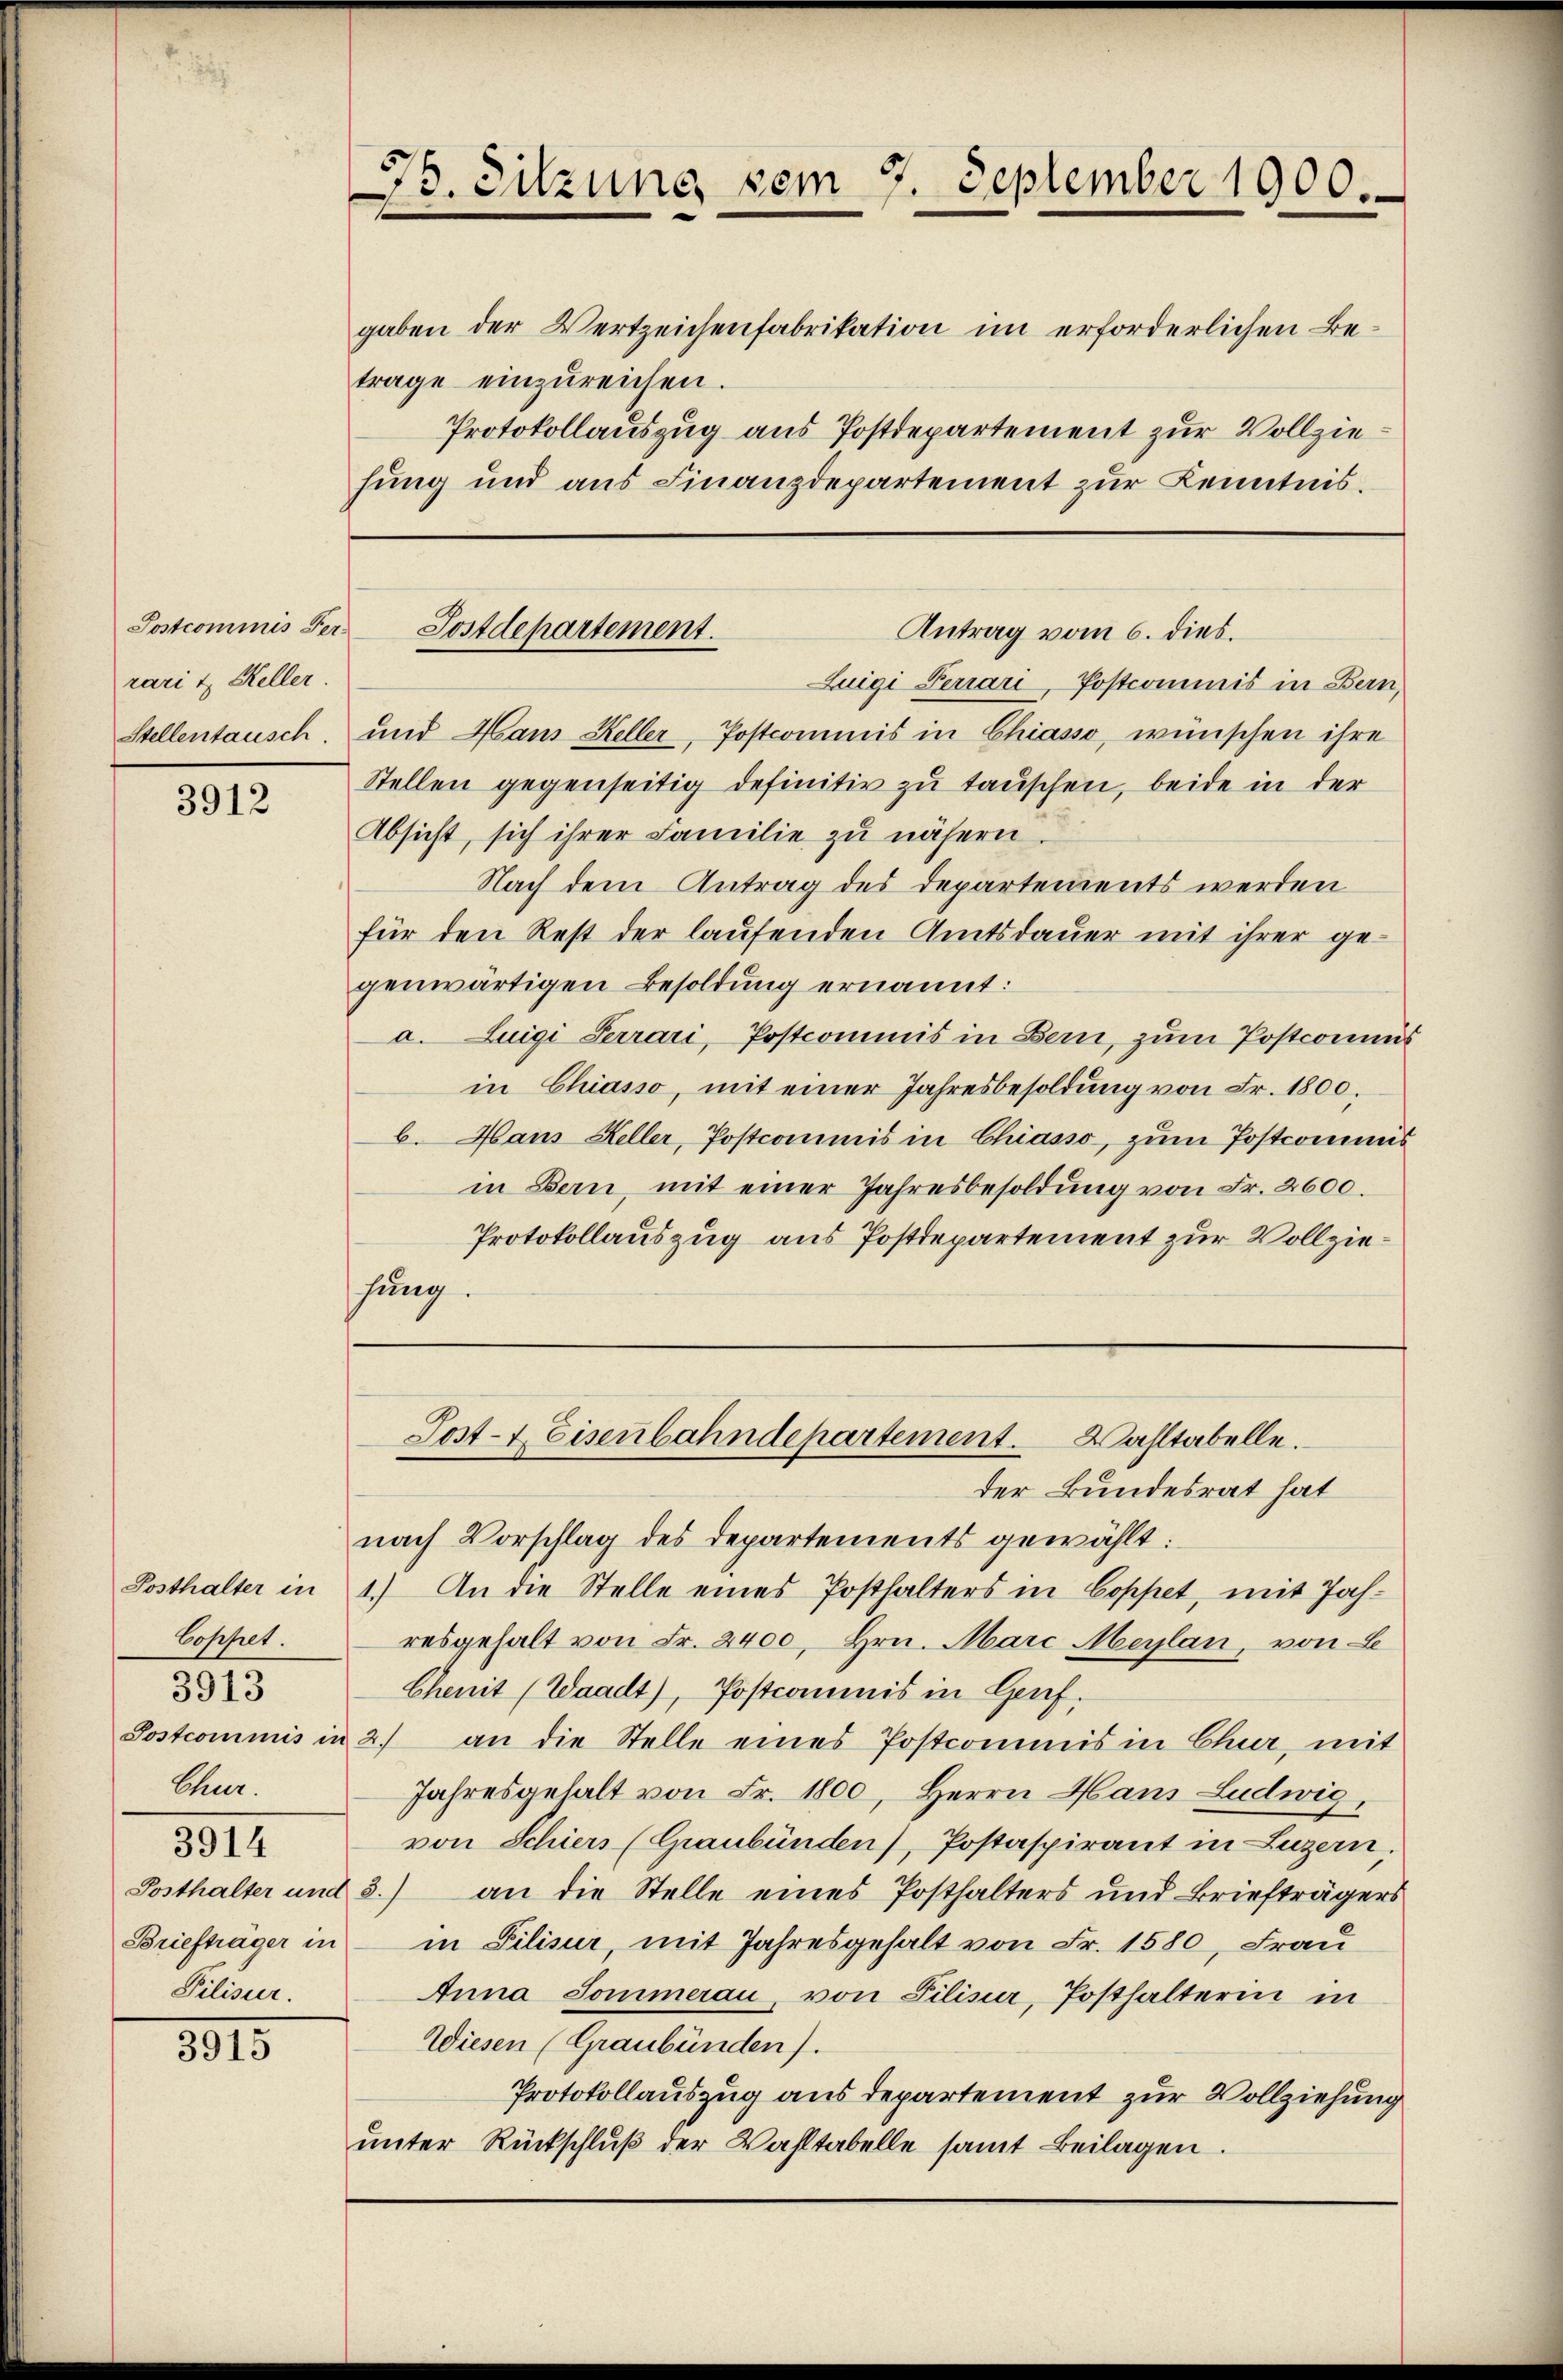
Postcommis Fer
rari & Keller.
Stellentausch.

3912

Cophet.
3913
Chur.
331
Pilisir.

8815

gaben der Wertzeichenfabrikation im erforderlichen Betrage einzŭreichen.
Protokollauszug aus Postdepartement zur Vollziehung und aus Finanzdepartement zur Kenntnis.

Luigi Ferrari, Postcommis in Bern,
und Hans Keller, Postcommis in Chiasso, wünschen ihre
Stellen gegenseitig definitiv zu tauschen, beide in der
Absicht, sich ihrer Familie zu nähern
Nach dem Antrag des Departements werden
für den Rest der laufenden Amtsdauer mit ihrer gegenwärtigen Besoldung ernannt:
a. Luigi Ferrari, Postcommis in Bern, zum Postconius
in Chiasso, mit einer Jahresbesoldung von Fr. 1800.
b. Hans Heller, Postcommis in Chiasso, zum Postcommis
in Bern, mit einer Jahresbesoldung von Fr. 2600.
Protokollauszug aus Postdepartement zur Vollziehung.

73. Sitzung vom 7. September 1900.

Sostdepartement.
Antrag vom 6. dies.

Post- & Eisenbahndepartement. Wahltabelle.

der Bundesrat hat
nach Vorschlag des Departements gewählt:
Posthalter in 4.) An die Stelle eines Posthalters in Coppet, mit Jahresgehalt von Fr. 2400, Hrn. Marc Meylan, von
Chenit (Waadt), Postcommis in Genf.
Postcommis in 2. an die Stelle eines Postcommis in Chur, mit
Jahresgehalt von Fr. 1800, Herrn Hans Ludwig,
von Schiers (Graubünden), Postaspirant in Luzern,
Posthalter und 8.) an die Stelle eines Posthalters und Briefträgers
Briefträger in in Lilisur, mit Jahresgehalt von Fr. 1580, Frau
Anna Sommerau, von Filisir, Posthalterin in
Wiesen (Graubünden).
Protokollauszug aus Departement zur Vollziehung
unter Rückschluß der Wahltabelle samt Beilagen.